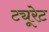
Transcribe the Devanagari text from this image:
ट्यूरेट